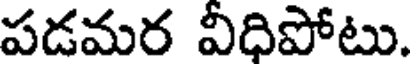
పడమర వీధిపోటు.